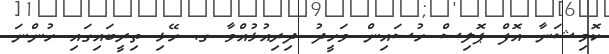
ކޮމިޝަނާ އޮފް ޕޮލިސް ހުސައިން ވަހީދު ދިރިއުޅުއްވާ ގ. ހޭޅި ތިރީބައިގައި ހުންނަ